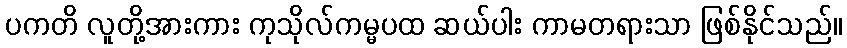
ပကတိ လူတို့အားကား ကုသိုလ်ကမ္မပထ ဆယ်ပါး ကာမတရားသာ ဖြစ်နိုင်သည်။